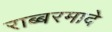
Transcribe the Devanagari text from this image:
राब्बरमादे